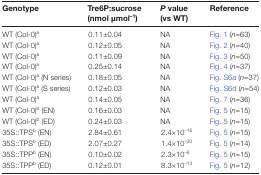
| Genotype | Tre6P:sucrose (nmol μmol–1) | P value (vs WT) | Reference |
 | --- | --- | --- | --- |
 | WT (Col-0)a | 0.11±0.04 | NA | Fig. 1 (n=63) |
 | WT (Col-0)a | 0.12±0.05 | NA | Fig. 2 (n=40) |
 | WT (Col-0)a | 0.11±0.09 | NA | Fig. 3 (n=50) |
 | WT (Col-0)a | 0.25±0.14 | NA | Fig. 4 (n=37) |
 | WT (Col-0)a (N series) | 0.18±0.05 | NA | Fig. S6a (n=37) |
 | WT (Col-0)a (S series) | 0.12±0.03 | NA | Fig. S6d (n=54) |
 | WT (Col-0)a | 0.14±0.05 | NA | Fig. 7 (n=36) |
 | WT (Col-0)b (EN) | 0.16±0.03 | NA | Fig. 5 (n=15) |
 | WT (Col-0)b (ED) | 0.24±0.03 | NA | Fig. 5 (n=15) |
 | 35S::TPSb (EN) | 2.84±0.61 | 2.4×10–16 | Fig. 5 (n=15) |
 | 35S::TPSb (ED) | 2.07±0.27 | 1.4×10–20 | Fig. 5 (n=14) |
 | 35S::TPPb (EN) | 0.10±0.02 | 2.3×10–6 | Fig. 5 (n=15) |
 | 35S::TPPb (ED) | 0.12±0.01 | 8.3×10–13 | Fig. 5 (n=12) |